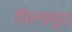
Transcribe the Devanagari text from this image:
मिल्ड्यूरा